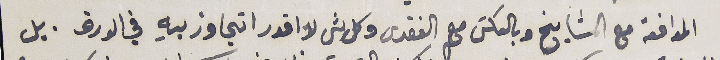
الموافقه مع المشايخ وبالعكسَ مع الفقرى وكل شى لا اقدر اتجاوز بهِ في الورق . بل